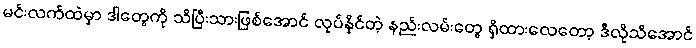
မင်းလက်ထဲမှာ ဒါတွေကို သိပြီးသားဖြစ်အောင် လုပ်နိုင်တဲ့ နည်းလမ်းတွေ ရှိထားလေတော့ ဒီလိုသိအောင်